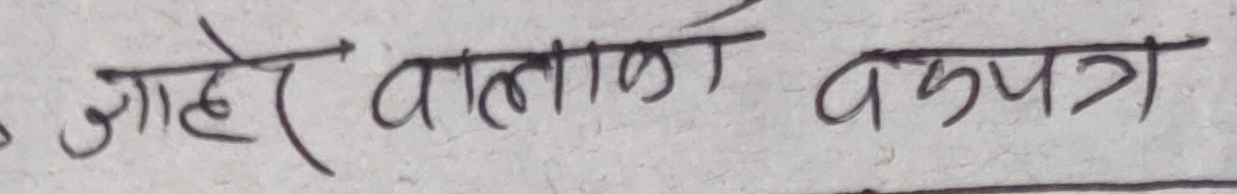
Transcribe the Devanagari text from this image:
जाहेर वाटालाफ वकूपत्र